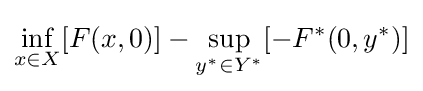
\inf _{x\in X}[F(x,0)]-\sup _{y^{*}\in Y^{*}}[-F^{*}(0,y^{*})]